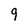
Character: 9